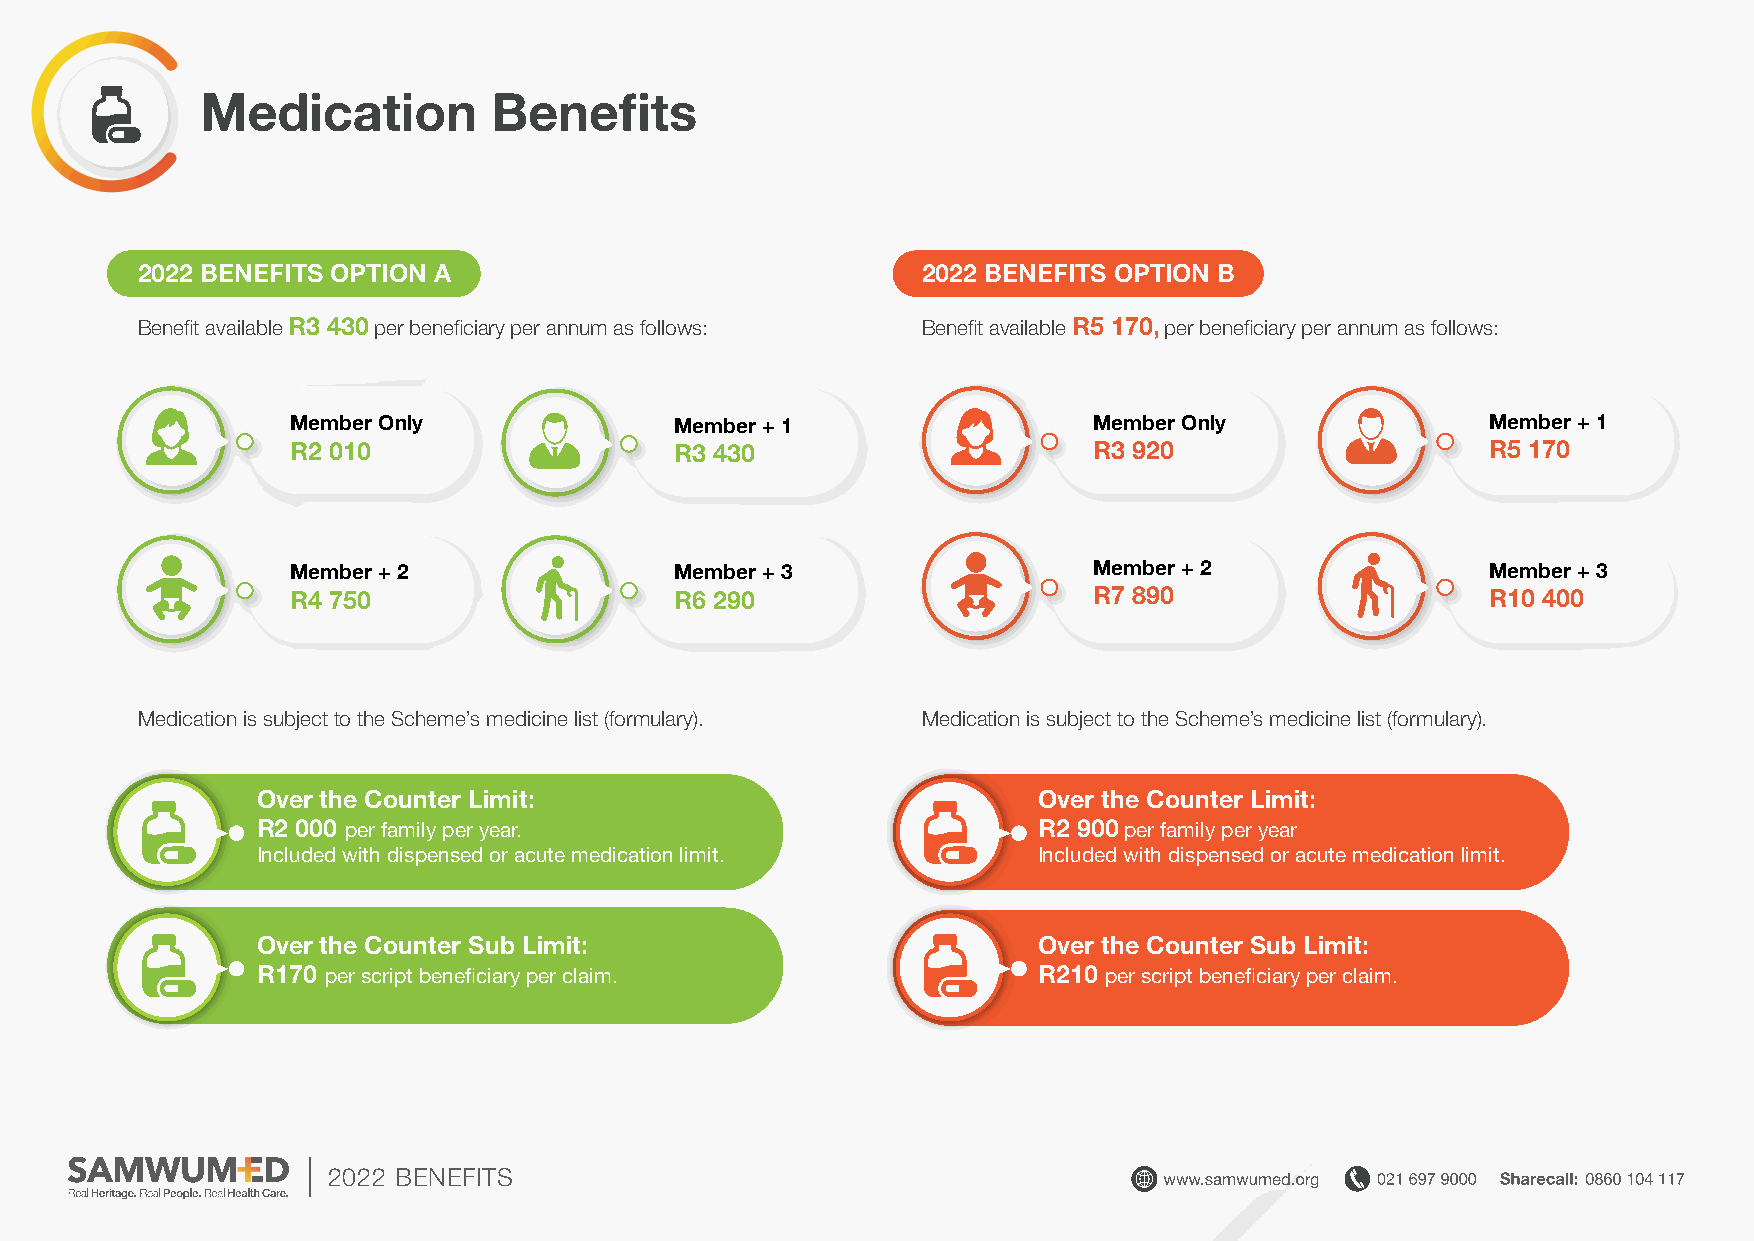
Medication          Benefits
 2022 BENEFITS OPTION A                              2022 BENEFITS OPTION B
 Benefit available R3 430 per beneficiary per annum as follows: Benefit available R5 170, per beneficiary per annum as follows:
 Member Only               Member + 1                 Member Only                Member + 1
 R2 010                    R3 430                     R3 920                     R5 170
 Member + 2                Member + 3                 Member + 2                 Member + 3
 R4 750                    R6 290                     R7 890                     R10 400
 Medication is subject to the Scheme’s medicine list (formulary). Medication is subject to the Scheme’s medicine list (formulary).
 Over the Counter Limit:                             Over the Counter Limit:
 R2 000
 per family per year.
 R2 900
 per family per year
 Included with dispensed or acute medication limit.  Included with dispensed or acute medication limit.
 Over the Counter Sub Limit:                         Over the Counter Sub Limit:
 R170                                                R210
 per script beneficiary per claim.                   per script beneficiary per claim.
 2022 BENEFITS